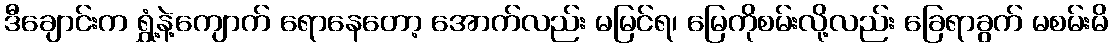
ဒီချောင်းက ရွှံ့နဲ့ကျောက် ရောနေတော့ အောက်လည်း မမြင်ရ၊ မြေကိုစမ်းလို့လည်း ခြေရာခွက် မစမ်းမိ